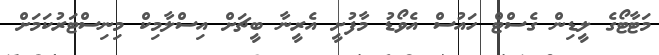
މަޓާޓޯގެ ލީޑިން ގެސްޓް ހައުސް އެވޯޑު މާފުށީ އެރީނާ ބީޗަށް އިސްލާމިކް މިނިސްޓަރުުކަމަށް